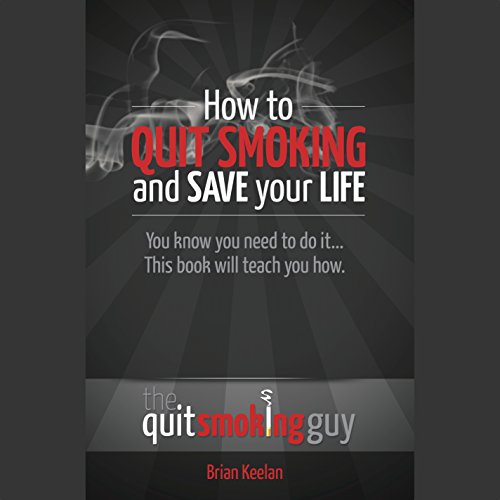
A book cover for How to Quit Smoking and Save Your Life; Brian Keelan; Health, Fitness & Dieting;